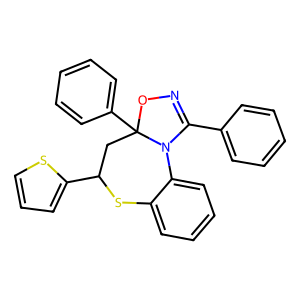
SMILES: c1ccc(C2=NOC3(c4ccccc4)CC(c4cccs4)Sc4ccccc4N23)cc1
Inhibits HIV replication: No